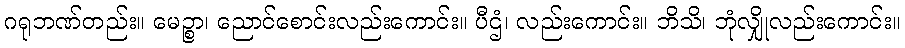
ဂရုဘဏ်တည်း။ မေဉ္စာ၊ ညောင်စောင်းလည်းကောင်း။ ပီဌံ၊ လည်းကောင်း။ ဘိသိ၊ ဘုံလျှိုလည်းကောင်း။